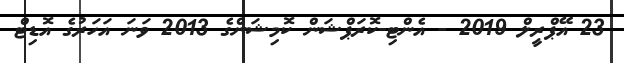
23 އޭޕްރީލް 2019 - އެންޓި-ކޮރަޕްޝަން ކޮމިޝަންގެ 2013 ވަނަ އަހަރުގެ އޮޑިޓް